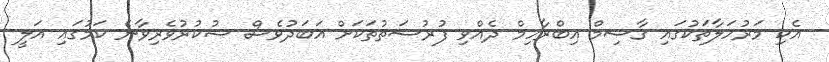
އެކި މަރުހަލާތަކުގައި ގާސިމް އިބްރާހިމް ދެއްވި ފުރުސަތުތަކަށް އަބަދުވެސް ޝުކުރުވެރިވާނެ ކަމުގައި އަލީ